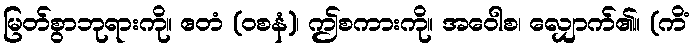
မြတ်စွာဘုရားကို။ ဧတံ (ဝစနံ)၊ ဤစကားကို။ အဝေါစ၊ လျှောက်၏။ (ကိံ